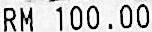
RM 100.00